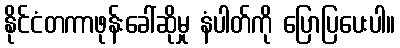
နိုင်ငံတကာဖုန်းခေါ်ဆိုမှု နံပါတ်ကို ပြောပြပေးပါ။